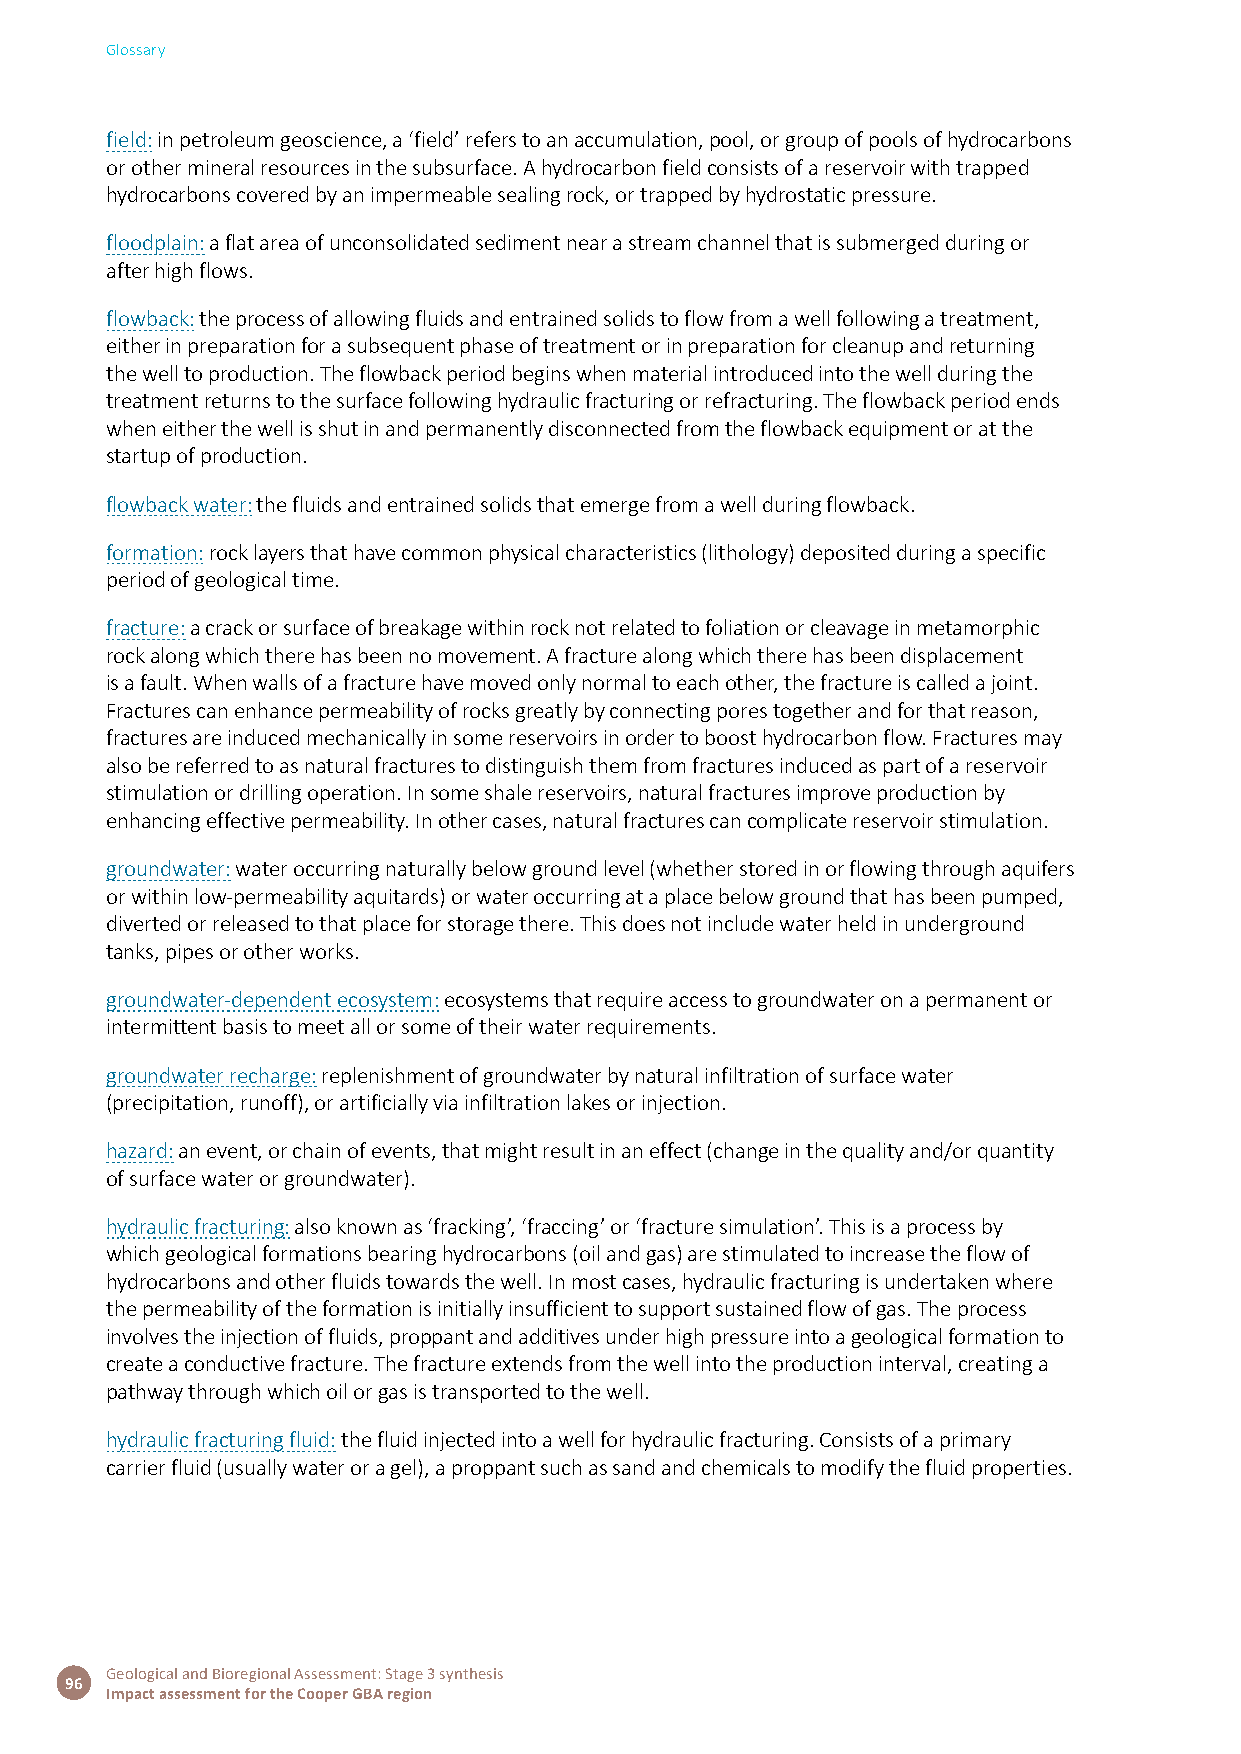
Glossary
 field: in petroleum geoscience, a ‘field’ refers to an accumulation, pool, or group of pools of hydrocarbons
 or other mineral resources in the subsurface. A hydrocarbon field consists of a reservoir with trapped
 hydrocarbons covered by an impermeable sealing rock, or trapped by hydrostatic pressure.
 floodplain: a flat area of unconsolidated sediment near a stream channel that is submerged during or
 after high flows.
 flowback: the process of allowing fluids and entrained solids to flow from a well following a treatment,
 either in preparation for a subsequent phase of treatment or in preparation for cleanup and returning
 the well to production. The flowback period begins when material introduced into the well during the
 treatment returns to the surface following hydraulic fracturing or refracturing. The flowback period ends
 when either the well is shut in and permanently disconnected from the flowback equipment or at the
 startup of production.
 flowback water: the fluids and entrained solids that emerge from a well during flowback.
 formation: rock layers that have common physical characteristics (lithology) deposited during a specific
 period of geological time.
 fracture: a crack or surface of breakage within rock not related to foliation or cleavage in metamorphic
 rock along which there has been no movement. A fracture along which there has been displacement
 is a fault. When walls of a fracture have moved only normal to each other, the fracture is called a joint.
 Fractures can enhance permeability of rocks greatly by connecting pores together and for that reason,
 fractures are induced mechanically in some reservoirs in order to boost hydrocarbon flow. Fractures may
 also be referred to as natural fractures to distinguish them from fractures induced as part of a reservoir
 stimulation or drilling operation. In some shale reservoirs, natural fractures improve production by
 enhancing effective permeability. In other cases, natural fractures can complicate reservoir stimulation.
 groundwater: water occurring naturally below ground level (whether stored in or flowing through aquifers
 or within low-permeability aquitards) or water occurring at a place below ground that has been pumped,
 diverted or released to that place for storage there. This does not include water held in underground
 tanks, pipes or other works.
 groundwater-dependent ecosystem: ecosystems that require access to groundwater on a permanent or
 intermittent basis to meet all or some of their water requirements.
 groundwater recharge: replenishment of groundwater by natural infiltration of surface water
 (precipitation, runoff), or artificially via infiltration lakes or injection.
 hazard: an event, or chain of events, that might result in an effect (change in the quality and/or quantity
 of surface water or groundwater).
 hydraulic fracturing: also known as ‘fracking’, ‘fraccing’ or ‘fracture simulation’. This is a process by
 which geological formations bearing hydrocarbons (oil and gas) are stimulated to increase the flow of
 hydrocarbons and other fluids towards the well. In most cases, hydraulic fracturing is undertaken where
 the permeability of the formation is initially insufficient to support sustained flow of gas. The process
 involves the injection of fluids, proppant and additives under high pressure into a geological formation to
 create a conductive fracture. The fracture extends from the well into the production interval, creating a
 pathway through which oil or gas is transported to the well.
 hydraulic fracturing fluid: the fluid injected into a well for hydraulic fracturing. Consists of a primary
 carrier fluid (usually water or a gel), a proppant such as sand and chemicals to modify the fluid properties.
 Geological and Bioregional Assessment: Stage 3 synthesis
 96
 Impact assessment for the Cooper GBA region